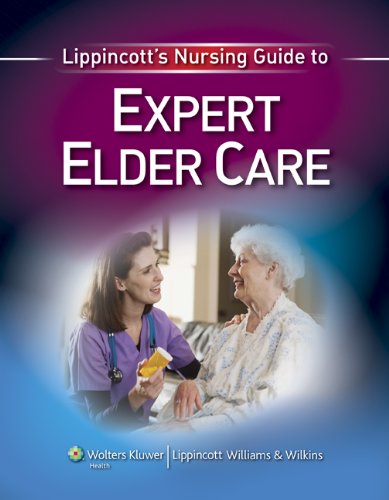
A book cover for Lippincott's Nursing Guide to Expert Elder Care; Medical Books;